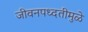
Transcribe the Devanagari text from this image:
जीवनपध्दतीमुळे